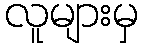
လူများမှ